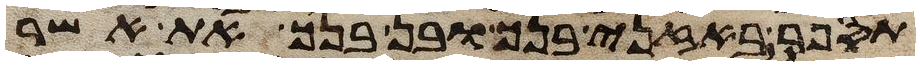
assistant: תספר באזני בנך ובן בנך את אשר